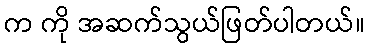
က ကို အဆက်သွယ်ဖြတ်ပါတယ်။